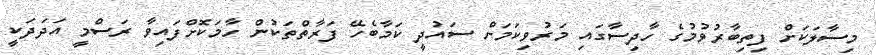
މިސާލަކަށް ފިތިބާރުވުމުގެ ހާދިސާގައި މަރުވިކަމަށް ސައުދީ ކަމާބެހޭ ފަރާތްތަކުން ހާމަކޮށްފައިވާ ރަސްމީ އަދަދަކީ